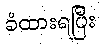
ခံထားရပြီး